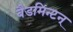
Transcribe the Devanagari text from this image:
बैडमिन्टन्